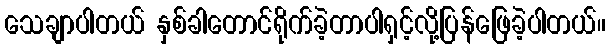
သေချာပါတယ် နှစ်ခါတောင်ရိုက်ခဲ့တာပါရှင့်လို့ပြန်ဖြေခဲ့ပါတယ်။